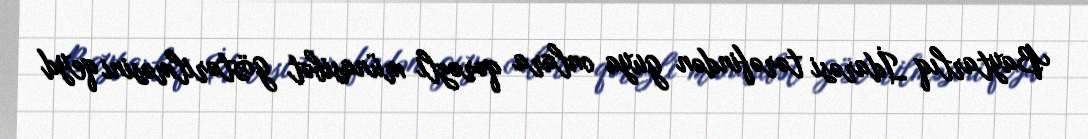
Baytarlıq İdarəsi tərəfindən guya onlara qərəzli münasibət göstərilməsini qeyd